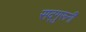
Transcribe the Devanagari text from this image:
सद्गुरूनी